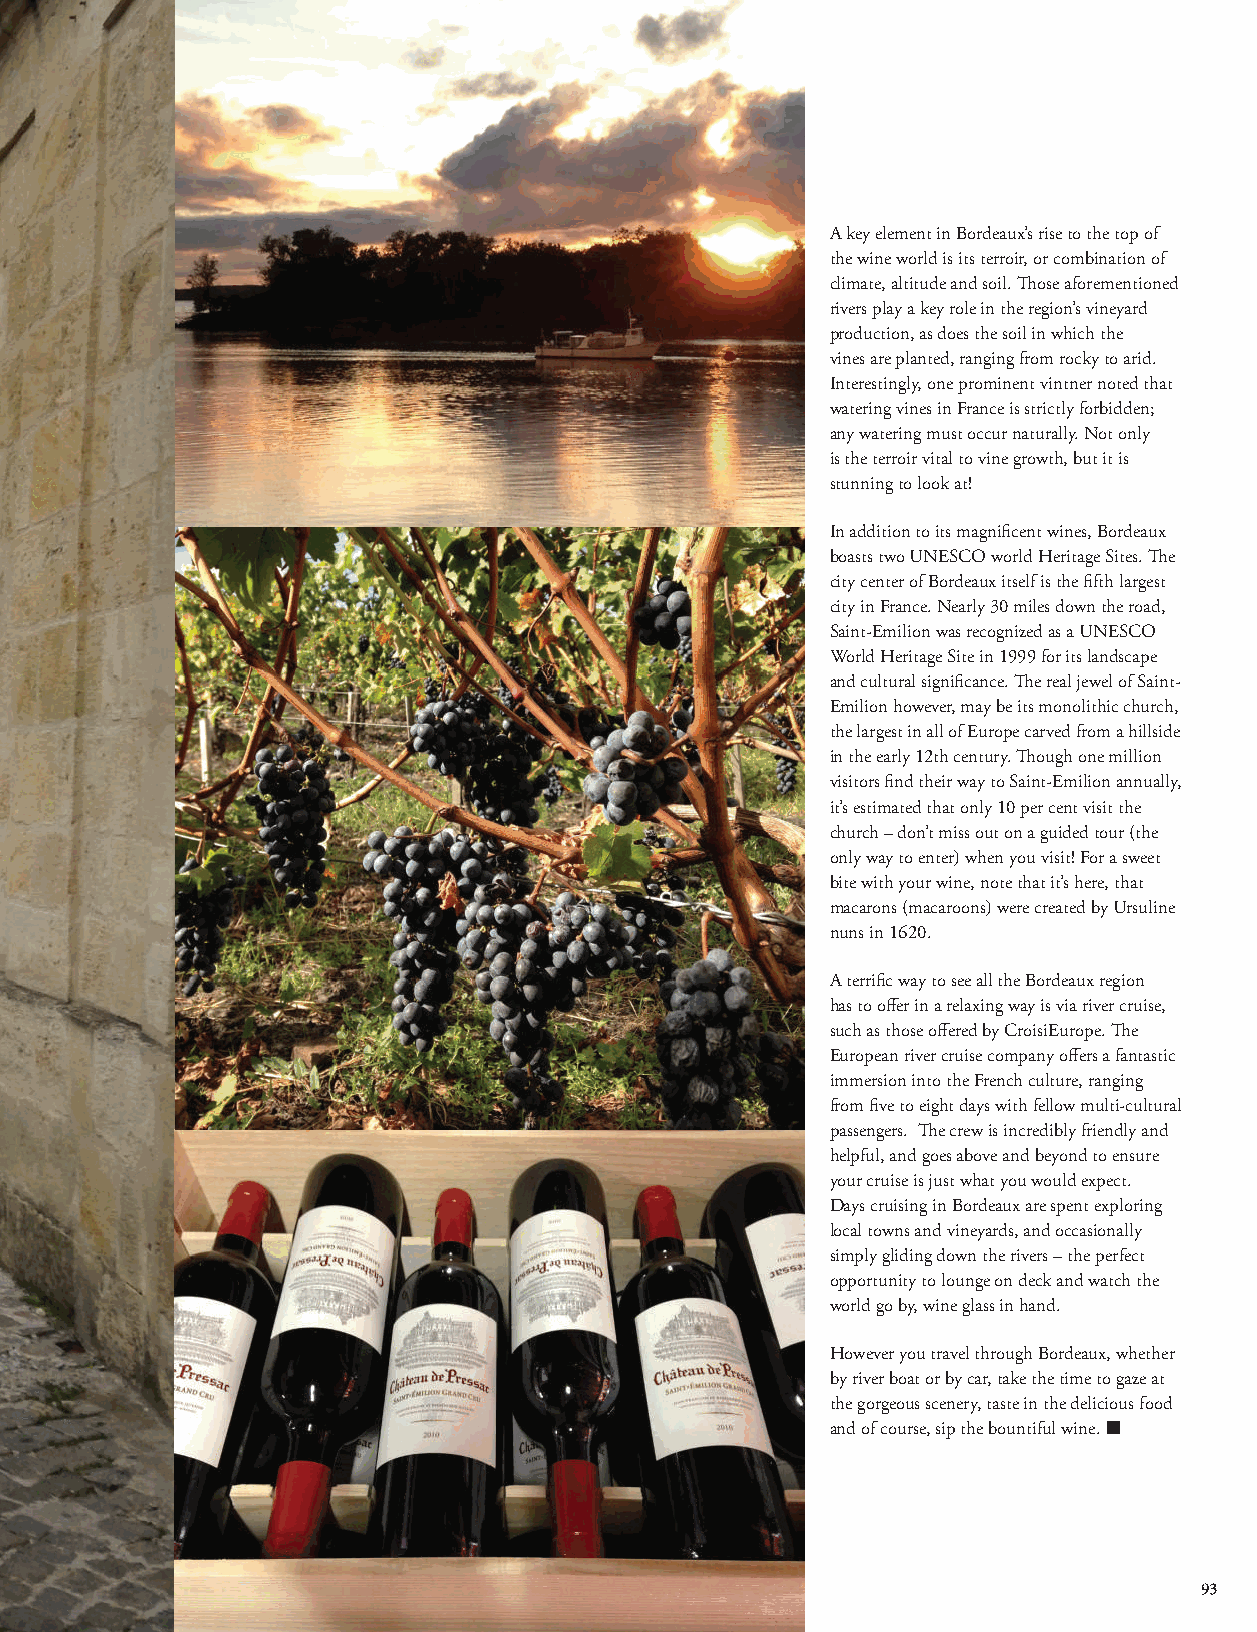
A key element in Bordeaux’s rise to the top of
 the wine world is its terroir, or combination of
 climate, altitude and soil. Those aforementioned
 rivers play a key role in the region’s vineyard
 production, as does the soil in which the
 vines are planted, ranging from rocky to arid.
 Interestingly, one prominent vintner noted that
 watering vines in France is strictly forbidden;
 any watering must occur naturally. Not only
 is the terroir vital to vine growth, but it is
 stunning to look at!
 In addition to its magnificent wines, Bordeaux
 boasts two UNESCO world Heritage Sites. The
 city center of Bordeaux itself is the fifth largest
 city in France. Nearly 30 miles down the road,
 Saint-Emilion was recognized as a UNESCO
 World Heritage Site in 1999 for its landscape
 and cultural significance. The real jewel of Saint-
 Emilion however, may be its monolithic church,
 the largest in all of Europe carved from a hillside
 in the early 12th century. Though one million
 visitors find their way to Saint-Emilion annually,
 it’s estimated that only 10 per cent visit the
 church – don’t miss out on a guided tour (the
 only way to enter) when you visit! For a sweet
 bite with your wine, note that it’s here, that
 macarons (macaroons) were created by Ursuline
 nuns in 1620.
 A terrific way to see all the Bordeaux region
 has to offer in a relaxing way is via river cruise,
 such as those offered by CroisiEurope. The
 European river cruise company offers a fantastic
 immersion into the French culture, ranging
 from five to eight days with fellow multi-cultural
 passengers. The crew is incredibly friendly and
 helpful, and goes above and beyond to ensure
 your cruise is just what you would expect.
 Days cruising in Bordeaux are spent exploring
 local towns and vineyards, and occasionally
 simply gliding down the rivers – the perfect
 opportunity to lounge on deck and watch the
 world go by, wine glass in hand.
 However you travel through Bordeaux, whether
 by river boat or by car, take the time to gaze at
 the gorgeous scenery, taste in the delicious food
 and of course, sip the bountiful wine. ■
 93